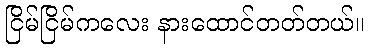
ငြိမ်ငြိမ်ကလေး နားထောင်တတ်တယ်။